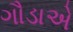
ગૌડાએ